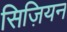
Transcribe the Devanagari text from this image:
सिज़ियन